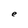
Character: e